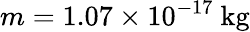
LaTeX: m=1.07\times 10^{-17}~\mathrm{kg}